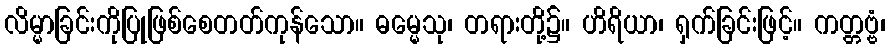
လိမ္မာခြင်းကိုပြုဖြစ်စေတတ်ကုန်သော။ ဓမ္မေသု၊ တရားတို့၌။ ဟိရိယာ၊ ရှက်ခြင်းဖြင့်။ ကတ္တဗ္ဗံ၊